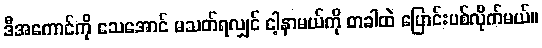
ဒီအကောင်ကို သေအောင် မသတ်ရလျှင် ငါ့နာမယ်ကို တခါထဲ ပြောင်းပစ်လိုက်မယ်။